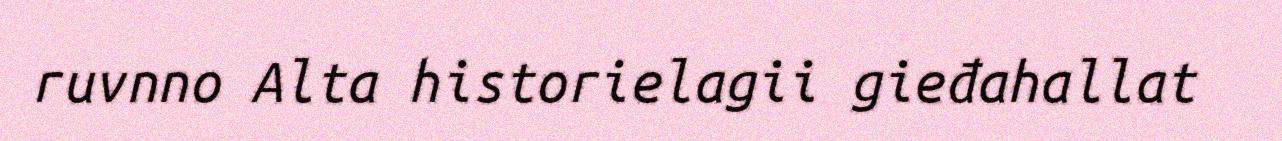
ruvnno Alta historielagii gieđahallat